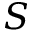
S